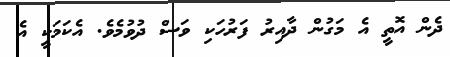
ދެން އޮތީ އެ މަގުން ދާއިރު ފަރުހަކި ވަސް ދުވުމެވެ. އެކަމަކީ އެ